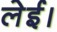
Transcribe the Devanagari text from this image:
लेई।